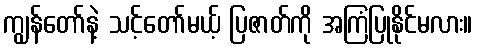
ကျွန်တော်နဲ့ သင့်တော်မယ့် ပြဇာတ်ကို အကြံပြုနိုင်မလား။